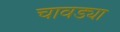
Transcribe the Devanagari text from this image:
चावड्या